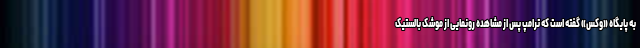
به پایگاه «وکس» گفته است که ترامپ پس از مشاهده رونمایی از موشک بالستیک